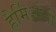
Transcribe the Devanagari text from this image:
हैर्मिओनी